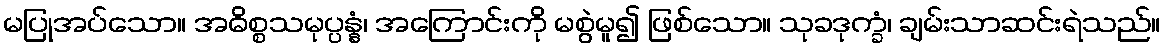
မပြုအပ်သော။ အဓိစ္စသမုပ္ပန္နံ၊ အကြောင်းကို မစွဲမူ၍ ဖြစ်သော။ သုခဒုက္ခံ၊ ချမ်းသာဆင်းရဲသည်။